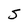
Character: S